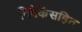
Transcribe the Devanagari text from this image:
विवेकेंसहित